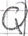
Text: Q